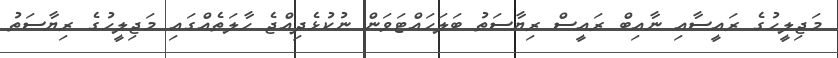
މަޖިލީހުގެ ރައީސާއި ނާއިބް ރައީސް ރިޔާސަތު ބަލަހައްޓަވަން ނުކުޅެދިއްޖެ ހާލަތެއްގައި މަޖިލީހުގެ ރިޔާސަތު